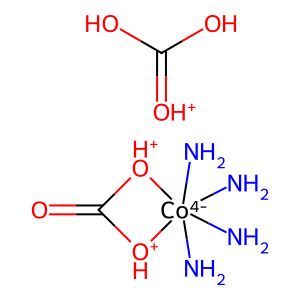
SMILES: N[Co-4]1(N)(N)(N)[OH+]C(=O)[OH+]1.OC(O)=[OH+]
Inhibits HIV replication: No